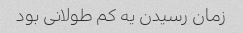
زمان رسیدن یه کم طولانی بود